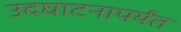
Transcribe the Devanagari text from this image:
उदघाटनापर्यंत